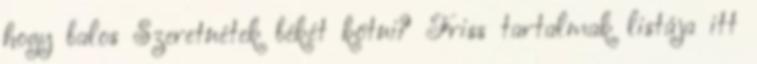
hogy balos Szeretnétek békét kötni? Friss tartalmak listája itt